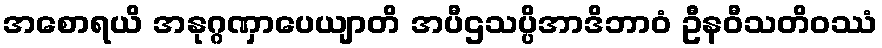
အစောရယိ အနုဂ္ဂဏှာပေယျာတိ အပီဌသပ္ပိအာဒိဘာဝံ ဦနဝီသတိဝဿံ